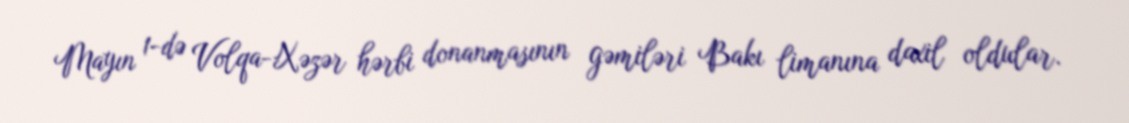
Mayın 1-də Volqa-Xəzər hərbi donanmasının gəmiləri Bakı limanına daxil oldular.